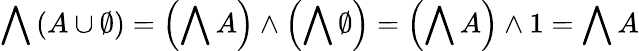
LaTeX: \bigwedge\left(A\cup\emptyset\right)=\left(\bigwedge A\right)\wedge\left(\bigwedge\emptyset\right)=\left(\bigwedge A\right)\wedge 1=\bigwedge A